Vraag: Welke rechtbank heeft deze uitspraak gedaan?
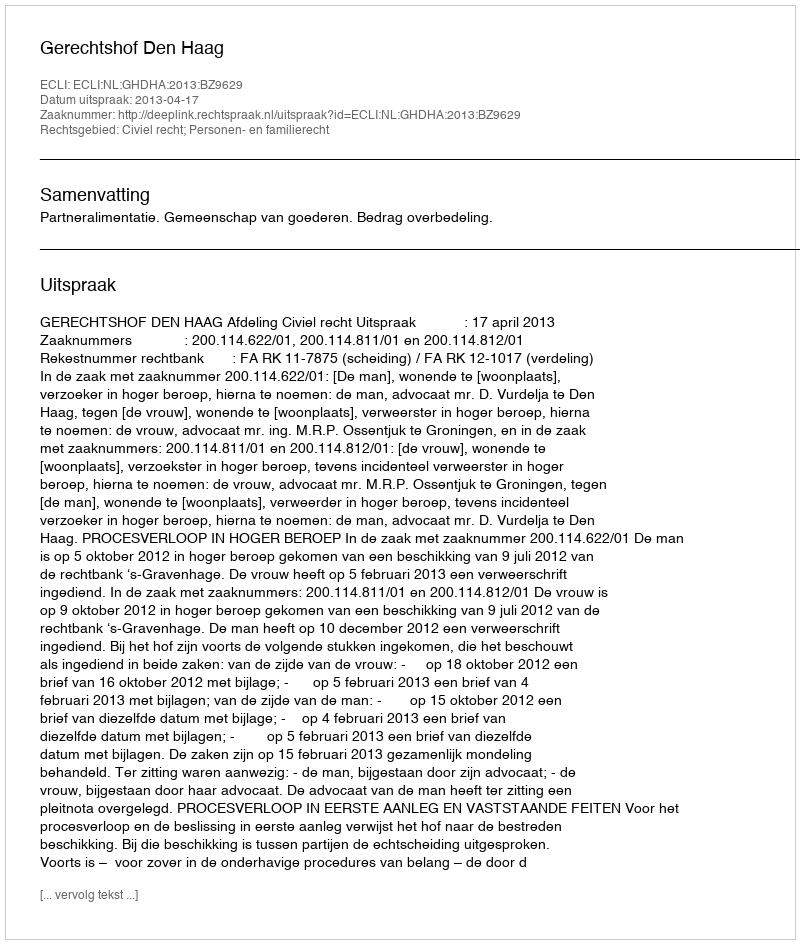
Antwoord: Gerechtshof Den Haag